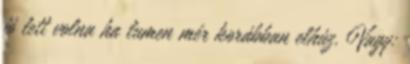
jó lett volna ha lumen mér korábban elhúz. Vagy: